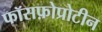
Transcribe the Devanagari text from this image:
फॉसफ़ोप्रोटीन